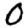
Digit: 0